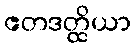
ဧတဒတ္ထိယာ